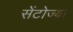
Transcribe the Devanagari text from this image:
सेंटोज्या